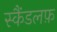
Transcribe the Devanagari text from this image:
स्कैंडलफ़